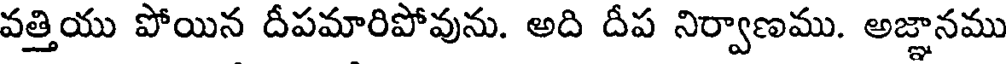
వత్తియు పోయిన దీపమారిపోవును. అది దీప నిర్వాణము. అజ్ఞానము